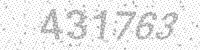
Solution: 431763